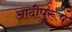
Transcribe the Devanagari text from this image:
आदीपुरूष